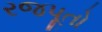
રજપૂતો